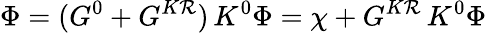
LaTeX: \Phi=(G^{0}+G^{K\mathcal{R}})\, K^{0}\Phi=\chi+G^{K\mathcal{R}}\, K^{0}\Phi